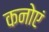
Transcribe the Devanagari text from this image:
कनोएं